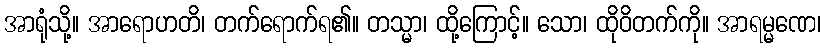
အာရုံသို့။ အာရောဟတိ၊ တက်ရောက်ရ၏။ တသ္မာ၊ ထို့ကြောင့်။ သော၊ ထိုဝိတက်ကို။ အာရမ္မဏေ၊